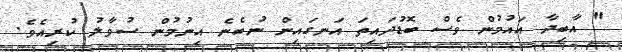
" އާބިދާ އައުމުން ވެސް ބޮޑުދައިތަ އަނގައިން ނުބެނެ އިނުމުން ސުވާލު ކުރިއެވެ.